Document type: Inventory
Year: 1295
Scribe: Pere Marc
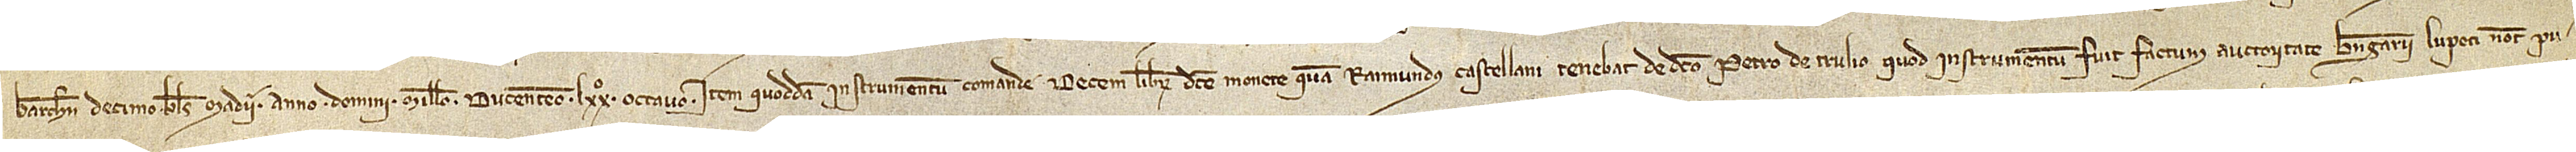
Barchinone, decimo kalendas madii, anno Domini millesimo ducentesimo LXXº ocatvo; item, quoddam instrumentum comande decem librarum dicte monete quam Raimundus Castellani tenebat de dicto Petro de Trulio, quod instrumentum fuit factum auctoritate Berengarii Lupeti, notarii pu-